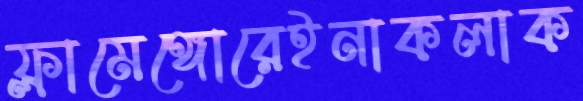
ফ্লামেঙ্গোরেইনাকলাক